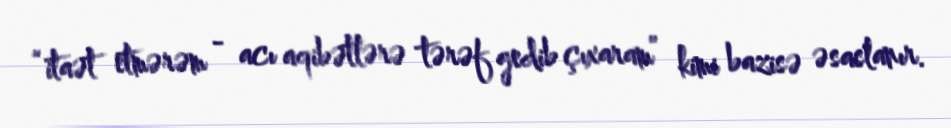
“itaət etmərəm - acı aqibətlərə tərəf gedib çıxaram” kimi bazisə əsaslanır.